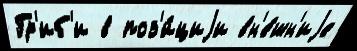
Гр'иб'и в поз'и́циjи вн'е́шн'иjе